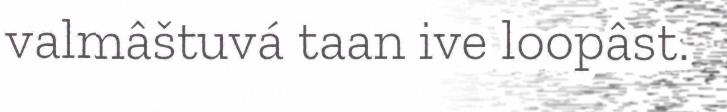
valmâštuvá taan ive loopâst.